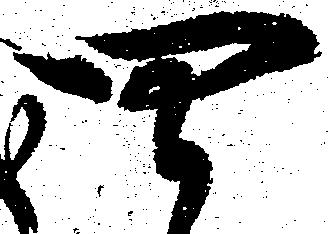
四